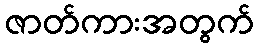
ဇာတ်ကားအတွက်